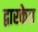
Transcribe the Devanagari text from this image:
द्वारकेत